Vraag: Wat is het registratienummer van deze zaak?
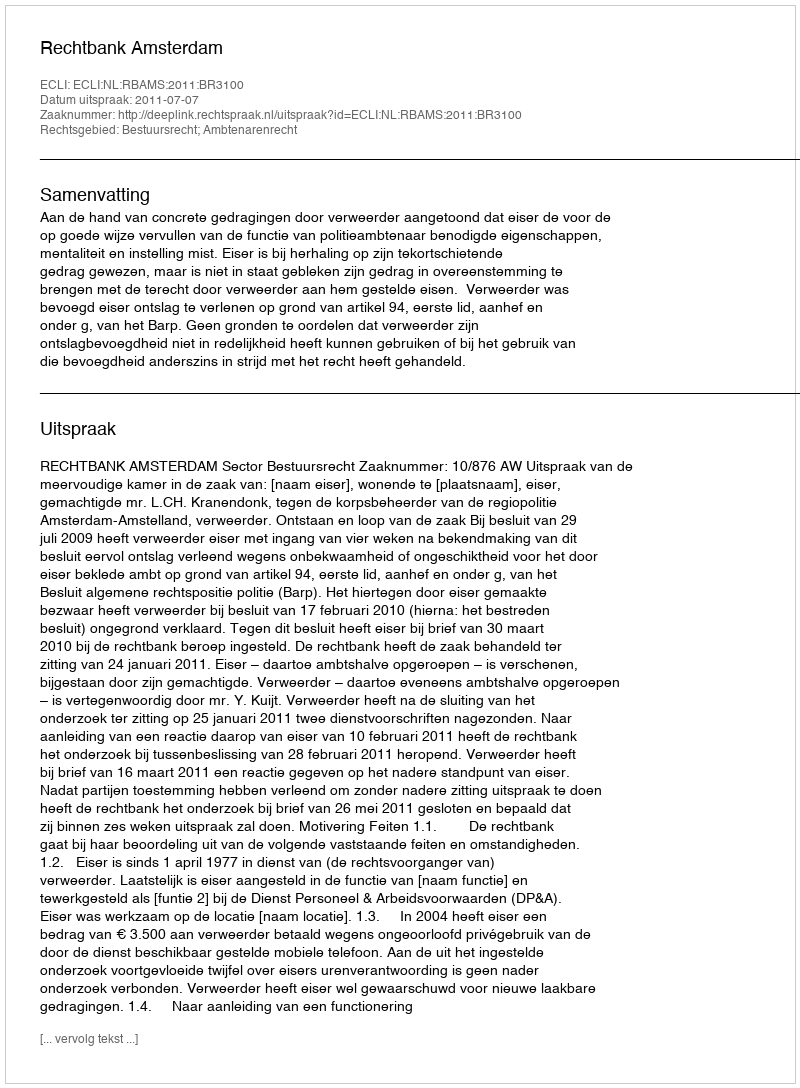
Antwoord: http://deeplink.rechtspraak.nl/uitspraak?id=ECLI:NL:RBAMS:2011:BR3100